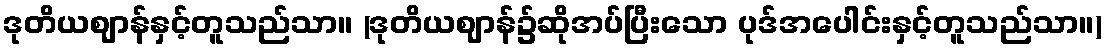
ဒုတိယဈာန်နှင့်တူသည်သာ။ (ဒုတိယဈာန်၌ဆိုအပ်ပြီးသော ပုဒ်အပေါင်းနှင့်တူသည်သာ။)